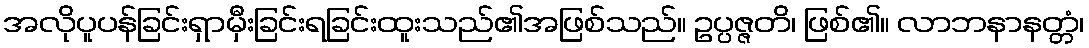
အလိုပူပန်ခြင်းရှာမှီးခြင်းရခြင်းထူးသည်၏အဖြစ်သည်။ ဥပ္ပဇ္ဇတိ၊ ဖြစ်၏။ လာဘနာနတ္တံ၊